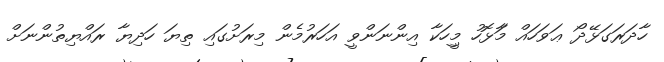
ހާދަރަގަޅޭދޯ ޢަވަހައް މަާޅޮހު މީިހަކާ އިންނަންވީ އަހަރުމެން މިރަށުގައި ތިޔަ ހަދިޔާ ރައްޔިތުންނަށް